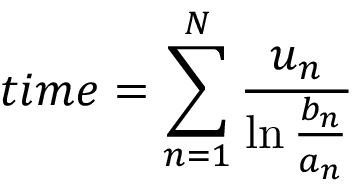
t i m e = \sum _ { n = 1 } ^ { N } { \frac { u _ { n } } { \ln { \frac { b _ { n } } { a _ { n } } } } }